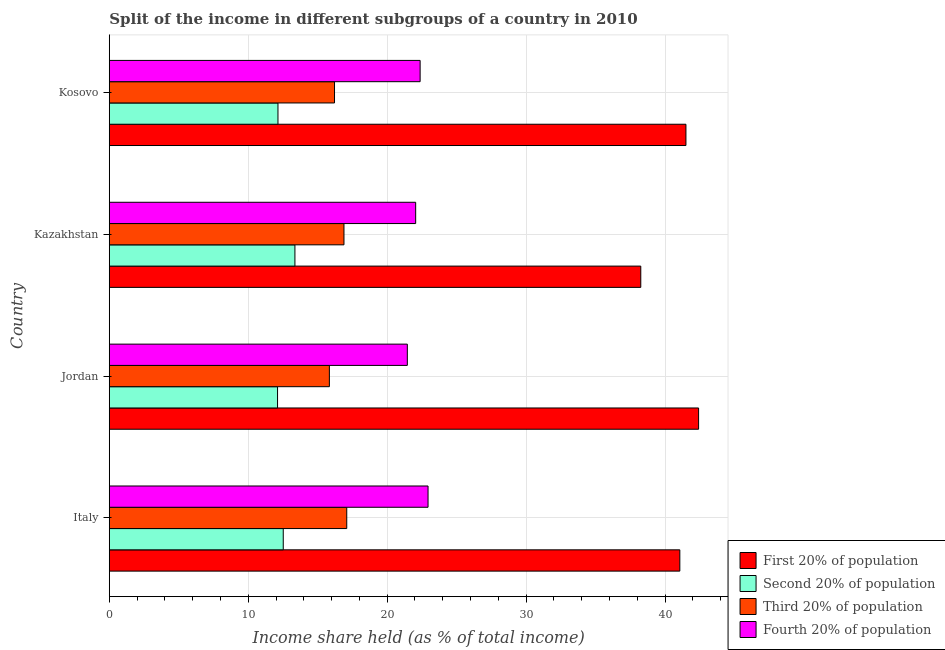
| Country | First 20% of population | Second 20% of population | Third 20% of population | Fourth 20% of population |
 | --- | --- | --- | --- | --- |
 | Italy | 41.1 | 12.5 | 17.1 | 22.9 |
 | Jordan | 42.4 | 12.1 | 15.8 | 21.4 |
 | Kazakhstan | 38.2 | 13.4 | 16.9 | 22.1 |
 | Kosovo | 41.5 | 12.1 | 16.2 | 22.4 |